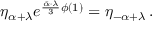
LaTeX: \eta _ { \alpha + \lambda } e ^ { { \frac { \bar { \alpha } \cdot \lambda } { 3 } } \phi ( 1 ) } = \eta _ { - \alpha + \lambda } \, .